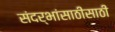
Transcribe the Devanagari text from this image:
संदर्भांसाठीसाठी